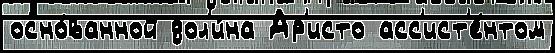
осно́ванной дол'и́на Ар'исто асс'ист'е́нтом